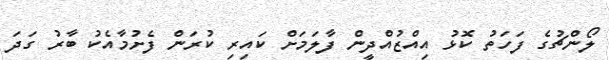
ލޯންޗުގެ ފަހަތު ކޮޅު އިއްޒުއްދީން ފާލަމަށް ކައިރި ކުރަން ފެށުމާއެކު ބާރު ގަދަ